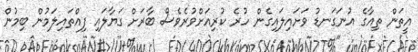
އީތަން ތިއާގެ އުނަގަނޑު ވަށައިލައިގެން ހުރެ ކުރިއަށްވުރެވެސް ބާރަށް ގަޔާލައި ފިއްތައިލަމުން ބިމުން